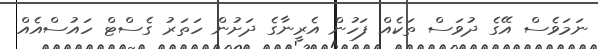
ނަމަވެސް އޭގެ ދުވަސް ތަކެއް ފަހުން އެރީނާގެ ދަށުން ހަތަރު ގެސްޓް ހައުސްއެއް